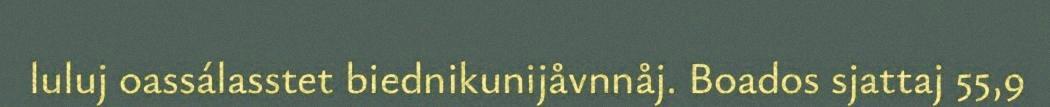
luluj oassálasstet biednikunijåvnnåj. Boados sjattaj 55,9